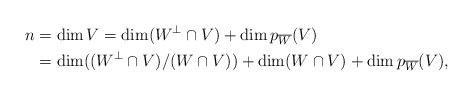
LaTeX: \begin{align*}n & =\dim V=\dim (W^\perp\cap V)+\dim p_{\overline{W}} (V) \\& =\dim ((W^\perp\cap V)/(W\cap V))+ \dim (W\cap V)+\dim p_{\overline{W}} (V),\end{align*}